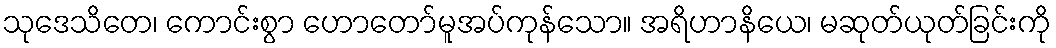
သုဒေသိတေ၊ ကောင်းစွာ ဟောတော်မူအပ်ကုန်သော။ အရိဟာနိယေ၊ မဆုတ်ယုတ်ခြင်းကို